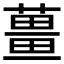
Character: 𬞏